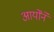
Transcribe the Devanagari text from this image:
आर्योंने